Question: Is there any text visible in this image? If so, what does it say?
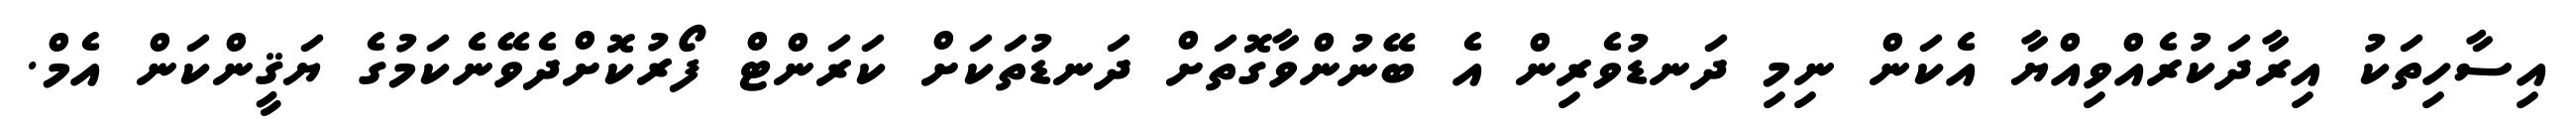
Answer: އިސާހިތަކު އިރާދަކުރެއްވިއްޔާ އެކަން ނިމި ދަނޑުވެރިން އެ ބޭނުންވާގޮތަށް ދަނޑުތަކަށް ކަރަންޓް ފޯރުކޮށްދެވޭނެކަމުގެ ޔަޤީންކަން އެމް.